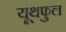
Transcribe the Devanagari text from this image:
यूथफुल